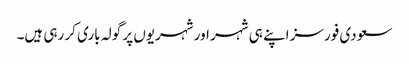
سعودی فورسز اپنے ہی شہر اور شہریوں پر گولہ باری کر رہی ہیں۔